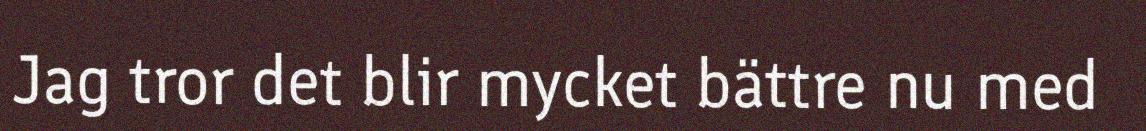
Jag tror det blir mycket bättre nu med